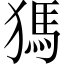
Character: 獁